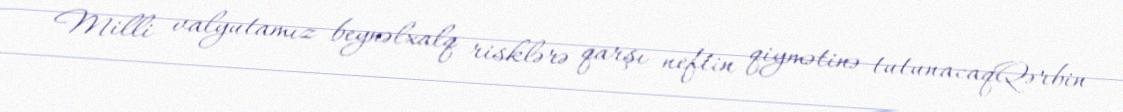
Milli valyutamız beynəlxalq risklərə qarşı neftin qiymətinə tutunacaqQərbin